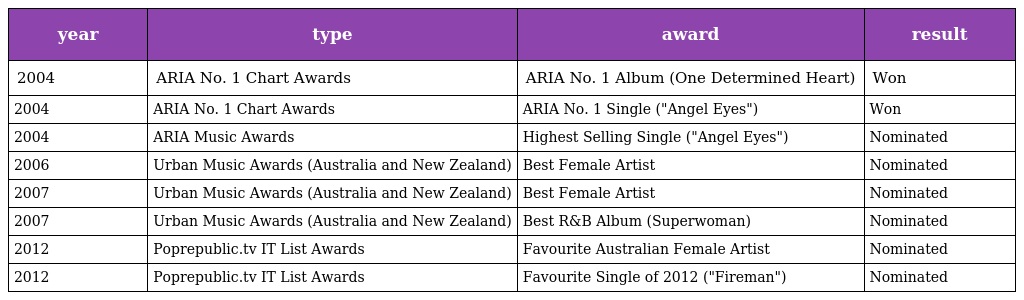
| year | type | award | result |
 | --- | --- | --- | --- |
 | 2004 | ARIA No. 1 Chart Awards | ARIA No. 1 Album (One Determined Heart) | Won |
 | 2004 | ARIA No. 1 Chart Awards | ARIA No. 1 Single ("Angel Eyes") | Won |
 | 2004 | ARIA Music Awards | Highest Selling Single ("Angel Eyes") | Nominated |
 | 2006 | Urban Music Awards (Australia and New Zealand) | Best Female Artist | Nominated |
 | 2007 | Urban Music Awards (Australia and New Zealand) | Best Female Artist | Nominated |
 | 2007 | Urban Music Awards (Australia and New Zealand) | Best R&B Album (Superwoman) | Nominated |
 | 2012 | Poprepublic.tv IT List Awards | Favourite Australian Female Artist | Nominated |
 | 2012 | Poprepublic.tv IT List Awards | Favourite Single of 2012 ("Fireman") | Nominated |